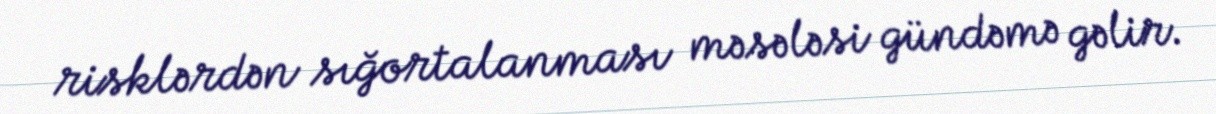
risklərdən sığortalanması məsələsi gündəmə gəlir.